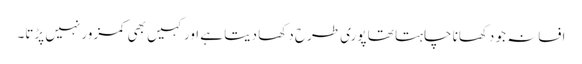
افسانہ جو دکھانا چاہتا تھا پوری طرح دکھا دیتا ہے اور کہیں بھی کمزور نہیں پڑتا۔